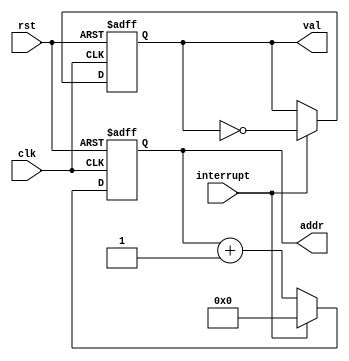
module write_sim(addr, val, interrupt, clk, rst);

	input interrupt;
	input clk, rst;
	output [18:0] addr;
	output val;
	
	reg [18:0] int_addr;
	reg int_val;
	
	always @(posedge clk, negedge rst) begin
		if(!rst)
			int_addr <= 0;
		else if (interrupt)
			int_addr <= 0;
		else
			int_addr <= int_addr + 1;
	end
	
	always @(posedge clk, negedge rst) begin
		if(!rst)
			int_val <= 0;
		else if (interrupt)
			int_val <= ~int_val;
	end
	
	assign val = int_val;
	assign addr = int_addr;
endmodule